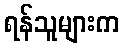
ရန်သူများက